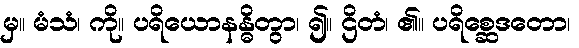
မှ။ မံသံ၊ ကို။ ပရိယောနန္ဓိတွာ၊ ၍။ ဌိတံ၊ ၏။ ပရိစ္ဆေဒတော၊